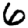
Digit: 6